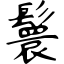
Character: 鬟